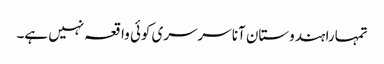
تمہارا ہندوستان آنا سرسری کوئی واقعہ نہیں ہے۔